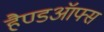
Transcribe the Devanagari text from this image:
हैण्डऑफ्स